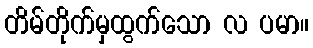
တိမ်တိုက်မှထွက်သော လ ပမာ။